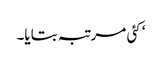
‘ کئی مرتبہ بتایا۔